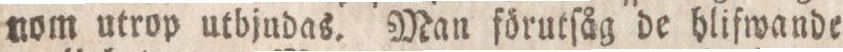
nom utrop utbjudas. Man förutſåg de hlifwande